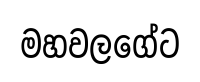
මහවලගේට